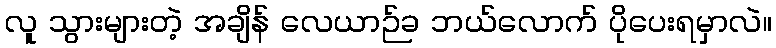
လူ သွားများတဲ့ အချိန် လေယာဉ်ခ ဘယ်လောက် ပိုပေးရမှာလဲ။